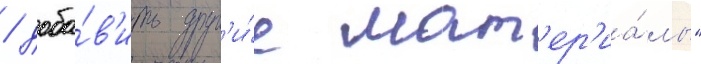
/ доба́в'ить друг'и́е мат'ер'иа́лы"